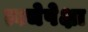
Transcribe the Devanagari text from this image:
त्वचेपेक्षा